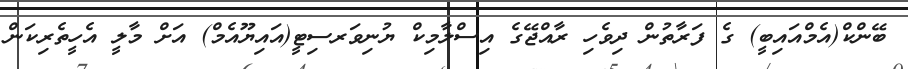
ބޭންކް(އެމްއައިބީ) ގެ ފަރާތުން ދިވެހި ރާއްޖޭގެ އިސްލާމިކް ޔުނިވަރސިޓީ(އައިޔޫއެމް) އަށް މާލީ އެހީތެރިކަން